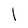
Character: L